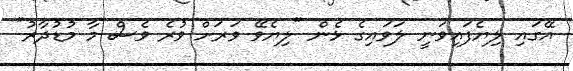
އޭގައި ލިޔެފައިވަނީ ލަވައިގެ ޅެން "ލިޔެވޭ ވަރަށް ވުރެ ވެސް މާ މުޑުދާރު"